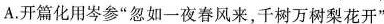
A.开篇化用岑参”忽如一夜春风来，千树万树梨花开”